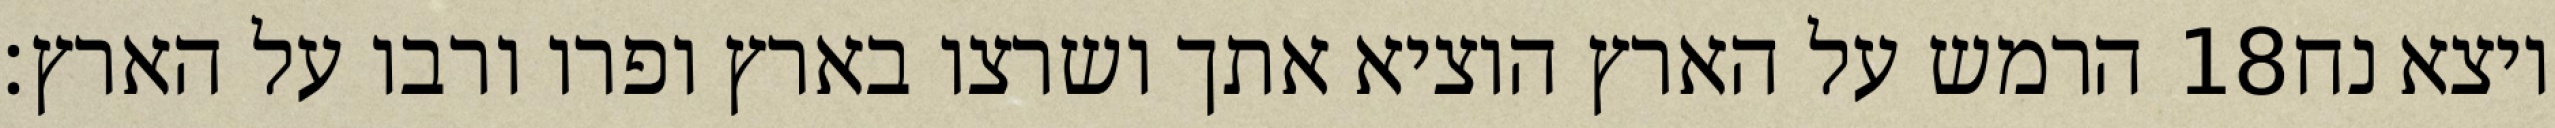
הרמש על הארץ הוציא אתך ושרצו בארץ ופרו ורבו על הארץ׃ ‎18‏ ויצא נח